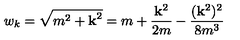
w _ { k } = \sqrt { m ^ { 2 } + { \bf k } ^ { 2 } } = m + \frac { { \bf k } ^ { 2 } } { 2 m } - \frac { ( { \bf k } ^ { 2 } ) ^ { 2 } } { 8 m ^ { 3 } }